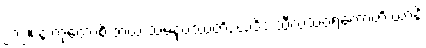
၂၁၂။ န ကုတောစိ ဘယံ သမနုပဿတိ, ယဒိဒံ သီလသံဝရတောတိ ယာနိ